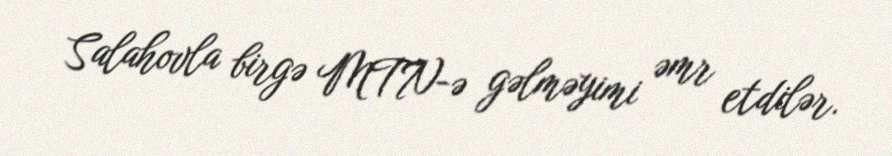
Salahovla birgə MTN-ə gəlməyimi əmr etdilər.